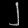
Digit: ၂